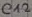
Text: C12